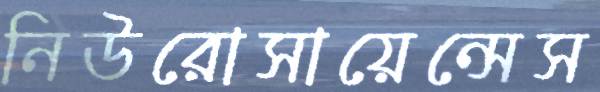
নিউরোসায়েন্সেস